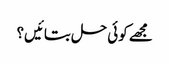
مجھے کوئی حل بتائیں؟